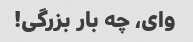
وای، چه بار بزرگی!